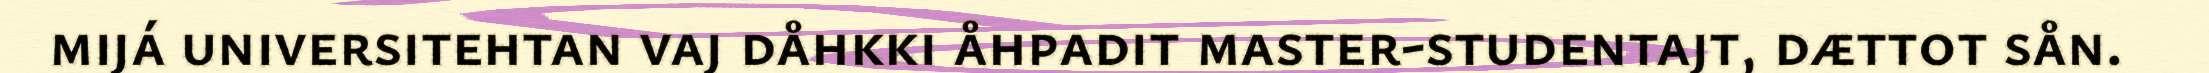
mijá universitehtan vaj dåhkki åhpadit master-studentajt, dættot sån.